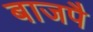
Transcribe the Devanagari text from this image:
बाजपै